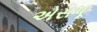
એસપૂ